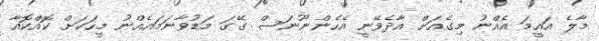
މާލެ އައީމަ އެއްނު މިގެއަށް އާދެވޭނީ އެހެންނޫނަސް ގޭގަ މަޑުވާނަމައެއްނު މީހަކަށް ކޮއްކޮއާ